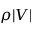
\rho | V |